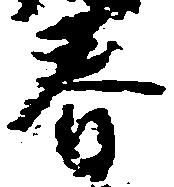
春